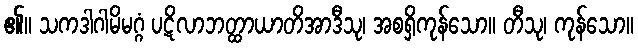
၏။ သကဒါဂါမိမဂ္ဂံ ပဋိလာဘတ္ထာယာတိအာဒီသု၊ အစရှိကုန်သော။ တီသု၊ ကုန်သော။